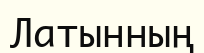
Латынның